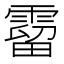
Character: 霤